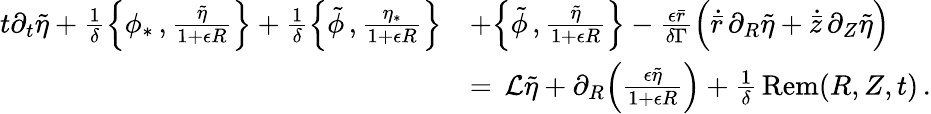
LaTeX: \begin{array}{rl}{t\partial_{t}\tilde{\eta}+\frac{1}{\delta}\Bigl\{ \phi_{*}\, ,\frac{\tilde{\eta}}{1+\epsilon R}\Bigr\} +\frac{1}{\delta}\Bigl\{ \tilde{\phi}\, ,\frac{\eta_{*}}{1+\epsilon R}\Bigr\} }&{+\Bigl\{ \tilde{\phi}\, ,\frac{\tilde{\eta}}{1+\epsilon R}\Bigr\} -\frac{\epsilon\bar{r}}{\delta\Gamma}\Bigl(\dot{\bar{r}}\, \partial_{R}\tilde{\eta}+\dot{\bar{z}}\, \partial_{Z}\tilde{\eta}\Bigr)}\\ {\, }&{=\, \mathcal{L}\tilde{\eta}+\partial_{R}\Bigl(\frac{\epsilon\tilde{\eta}}{1+\epsilon R}\Bigr)+\frac{1}{\delta}\, \mathrm{Rem}(R,Z,t)\, .}\end{array}